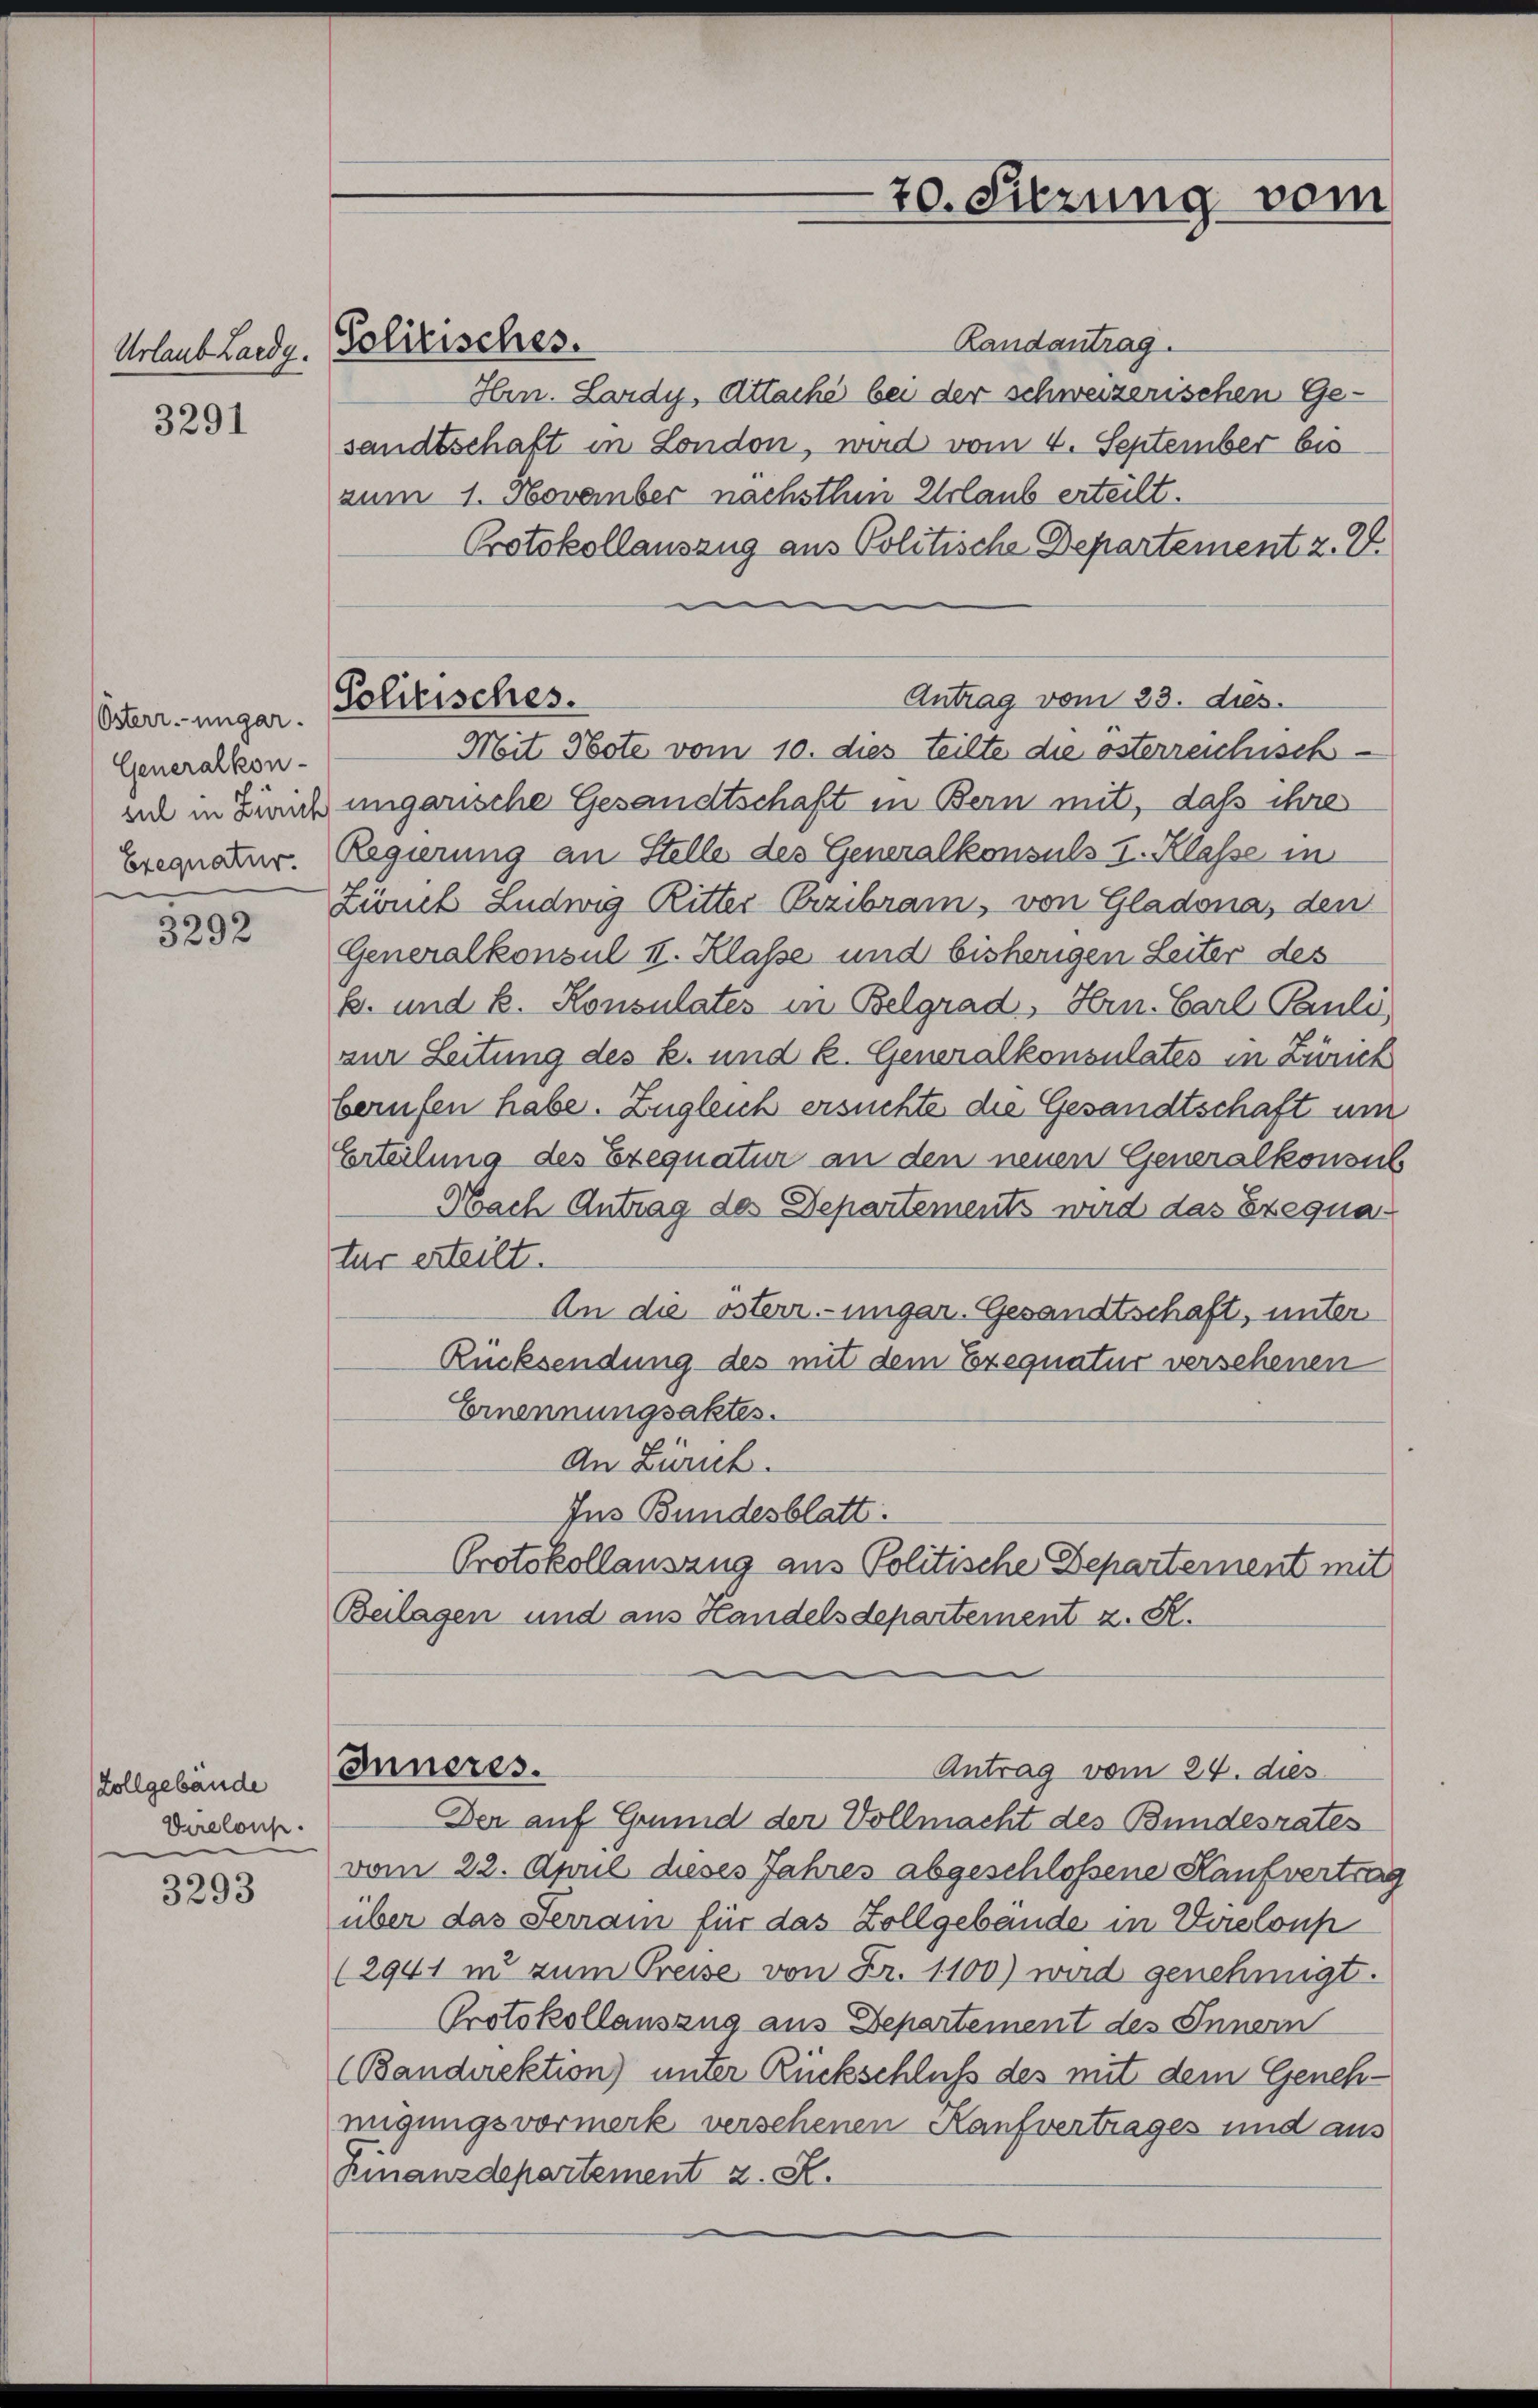
3291

Österr.-ungar.
Generalkon-
Exequatur.

3292

Zollgebäude
Virelous.

3293

Urlaub Laedg. Polizisches.

Randantrag.
Hrn. Lardy, Attaché bei der schweizerischen Ge-
sandtschaft in London, wird vom 4. September bis
zum 1. November nachsthin Urlaub erteilt.
Protokollauszug aus Politische Departement z. V.
Mit Hote vom 10. dies teilte die österreichisch
sul in Brauch ungarische Gesandtschaft in Bern mit, daß ihre
Regierung an Stelle des Generalkonsuls I. Klasse in
Zürich Ludwig Ritter Erzibrain, von Gladona, den
Generalkonsul II. Klasse und bisherigen Seiter des
E. und k. Konsulates in Belgrad, Hrn. Carl Pauli
zur Leitung des k. und k. Generalkonsulates in Zürich
berufen habe. Zugleich ersuchte die Gesandtschaft um
Erteilung des Exequatur an den neuen Generalkonsul
Nach Antrag des Departements wird das Exequa-
tur erteilt.
An die österr.-ungar. Gesandtschaft, unter
Rücksendung des mit dem Exequatur versehenen
Ernennungsaktes.
An Zürich.
Ins Bundesblatt.
Protokollauszug aus Politische Departement mit
Beilagen und aus Handelsdepartement z. R.
Inneres.
Antrag vom 24. dies
Der auf Grund der Vollmacht des Bundesrates
vom 22. April dieses Jahres abgeschlossene Kaufvertrag
über das Ferrain für das Zollgebäude in Vereloup
(2941 in zum Preise von Fr. 1100) wird genehmigt.
Protokollauszug aus Departement des Innern
(Bandirektion) unter Rückschluß des mit dem Genehmigungsvormerk verschenen Kaufvertrages und aus
Kinanzdepartement z. K.

Politisches.

70. Sitzung vom

Antrag vom 23. dies.